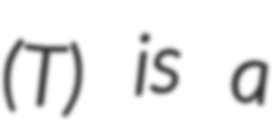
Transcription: (T) is a